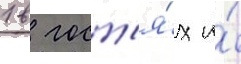
1 в гост'я́х и́